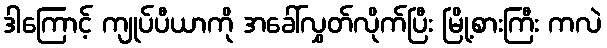
ဒါကြောင့် ကျုပ်ပီယာကို အခေါ်လွှတ်လိုက်ပြီး မြို့စားကြီး ကလဲ